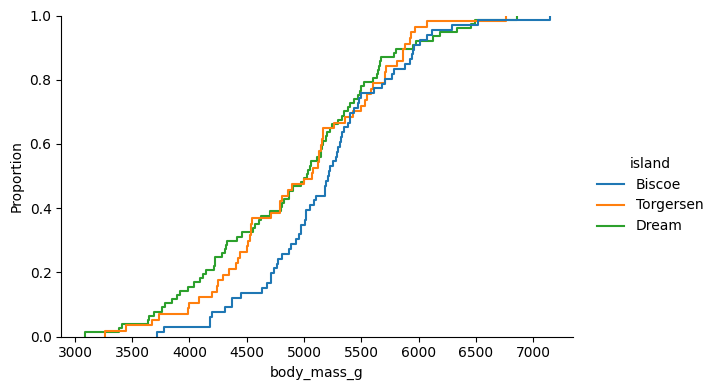
python, seaborn, displot, kind='ecdf', column='body_mass_g', hue='island', height=4, aspect=1.5